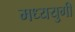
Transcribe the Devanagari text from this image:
मध्ययुगी